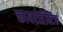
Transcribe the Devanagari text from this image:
कायरोप्रॅक्टिक